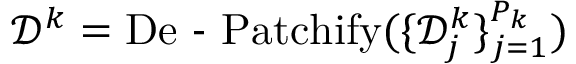
\mathcal { D } ^ { k } = \operatorname { D e \mathrm { ~ - ~ } P a t c h i f y } ( \{ \mathcal { D } _ { j } ^ { k } \} _ { j = 1 } ^ { P _ { k } } )